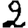
Digit: 2